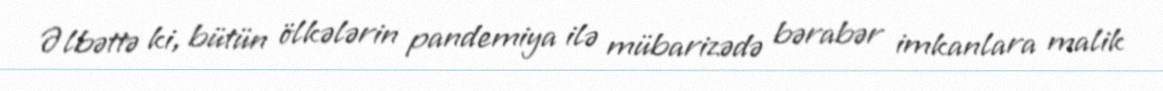
Əlbəttə ki, bütün ölkələrin pandemiya ilə mübarizədə bərabər imkanlara malik